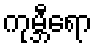
ကုမ္ဘီရော